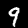
Label: 9